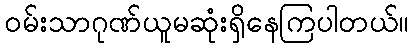
ဝမ်းသာဂုဏ်ယူမဆုံးရှိနေကြပါတယ်။